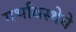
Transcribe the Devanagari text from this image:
गर्भावस्थेचे